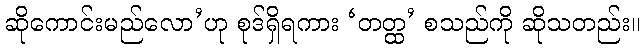
ဆိုကောင်းမည်လော’ဟု စုဒ်ရှိရကား ‘တတ္ထ’ စသည်ကို ဆိုသတည်း။